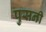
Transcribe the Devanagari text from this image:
पुसनी